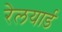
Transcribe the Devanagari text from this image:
रेलयार्ड